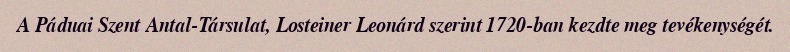
A Páduai Szent Antal-Társulat, Losteiner Leonárd szerint 1720-ban kezdte meg tevékenységét.